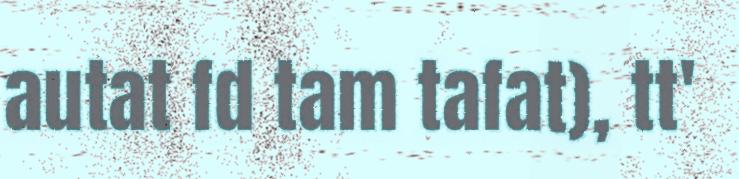
autat fd tam tafat), tt'